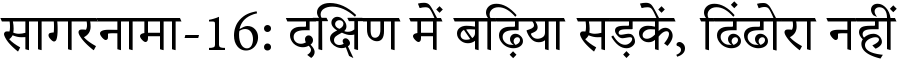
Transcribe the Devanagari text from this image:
सागरनामा-16: दक्षिण में बढ़िया सड़कें, ढिंढोरा नहीं